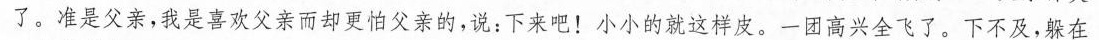
了。准是父亲，我是喜欢父亲而却更怕父亲的，说：下来吧！小小的就这样皮。一团高兴全飞了。下不及，躲在